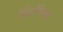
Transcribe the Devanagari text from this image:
जिनजियांग